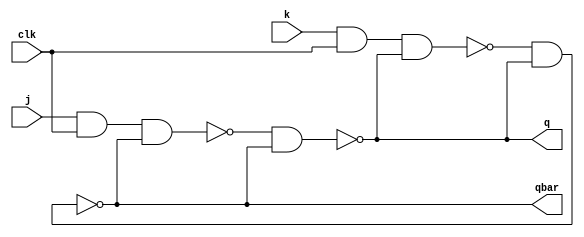
`timescale 1ns / 1ps
//////////////////////////////////////////////////////////////////////////////////
// Module Name: JK Flip Flop
// Designed By: Jemmy Ashirwad Nag
// ModelType: Structural
//////////////////////////////////////////////////////////////////////////////////


module JK_FF(j,k,clk,q,qbar);
input j,k,clk; 
output q,qbar;
wire w1,w2;

//using NAND Latch
nand a1(w1,j,clk,qbar);
nand a2(w2,k,clk,q);
nand n1(q,w1,qbar);
nand n2(qbar,w2,q);

endmodule